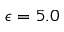
\epsilon = 5 . 0